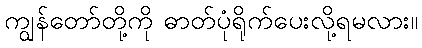
ကျွန်တော်တို့ကို ဓာတ်ပုံရိုက်ပေးလို့ရမလား။